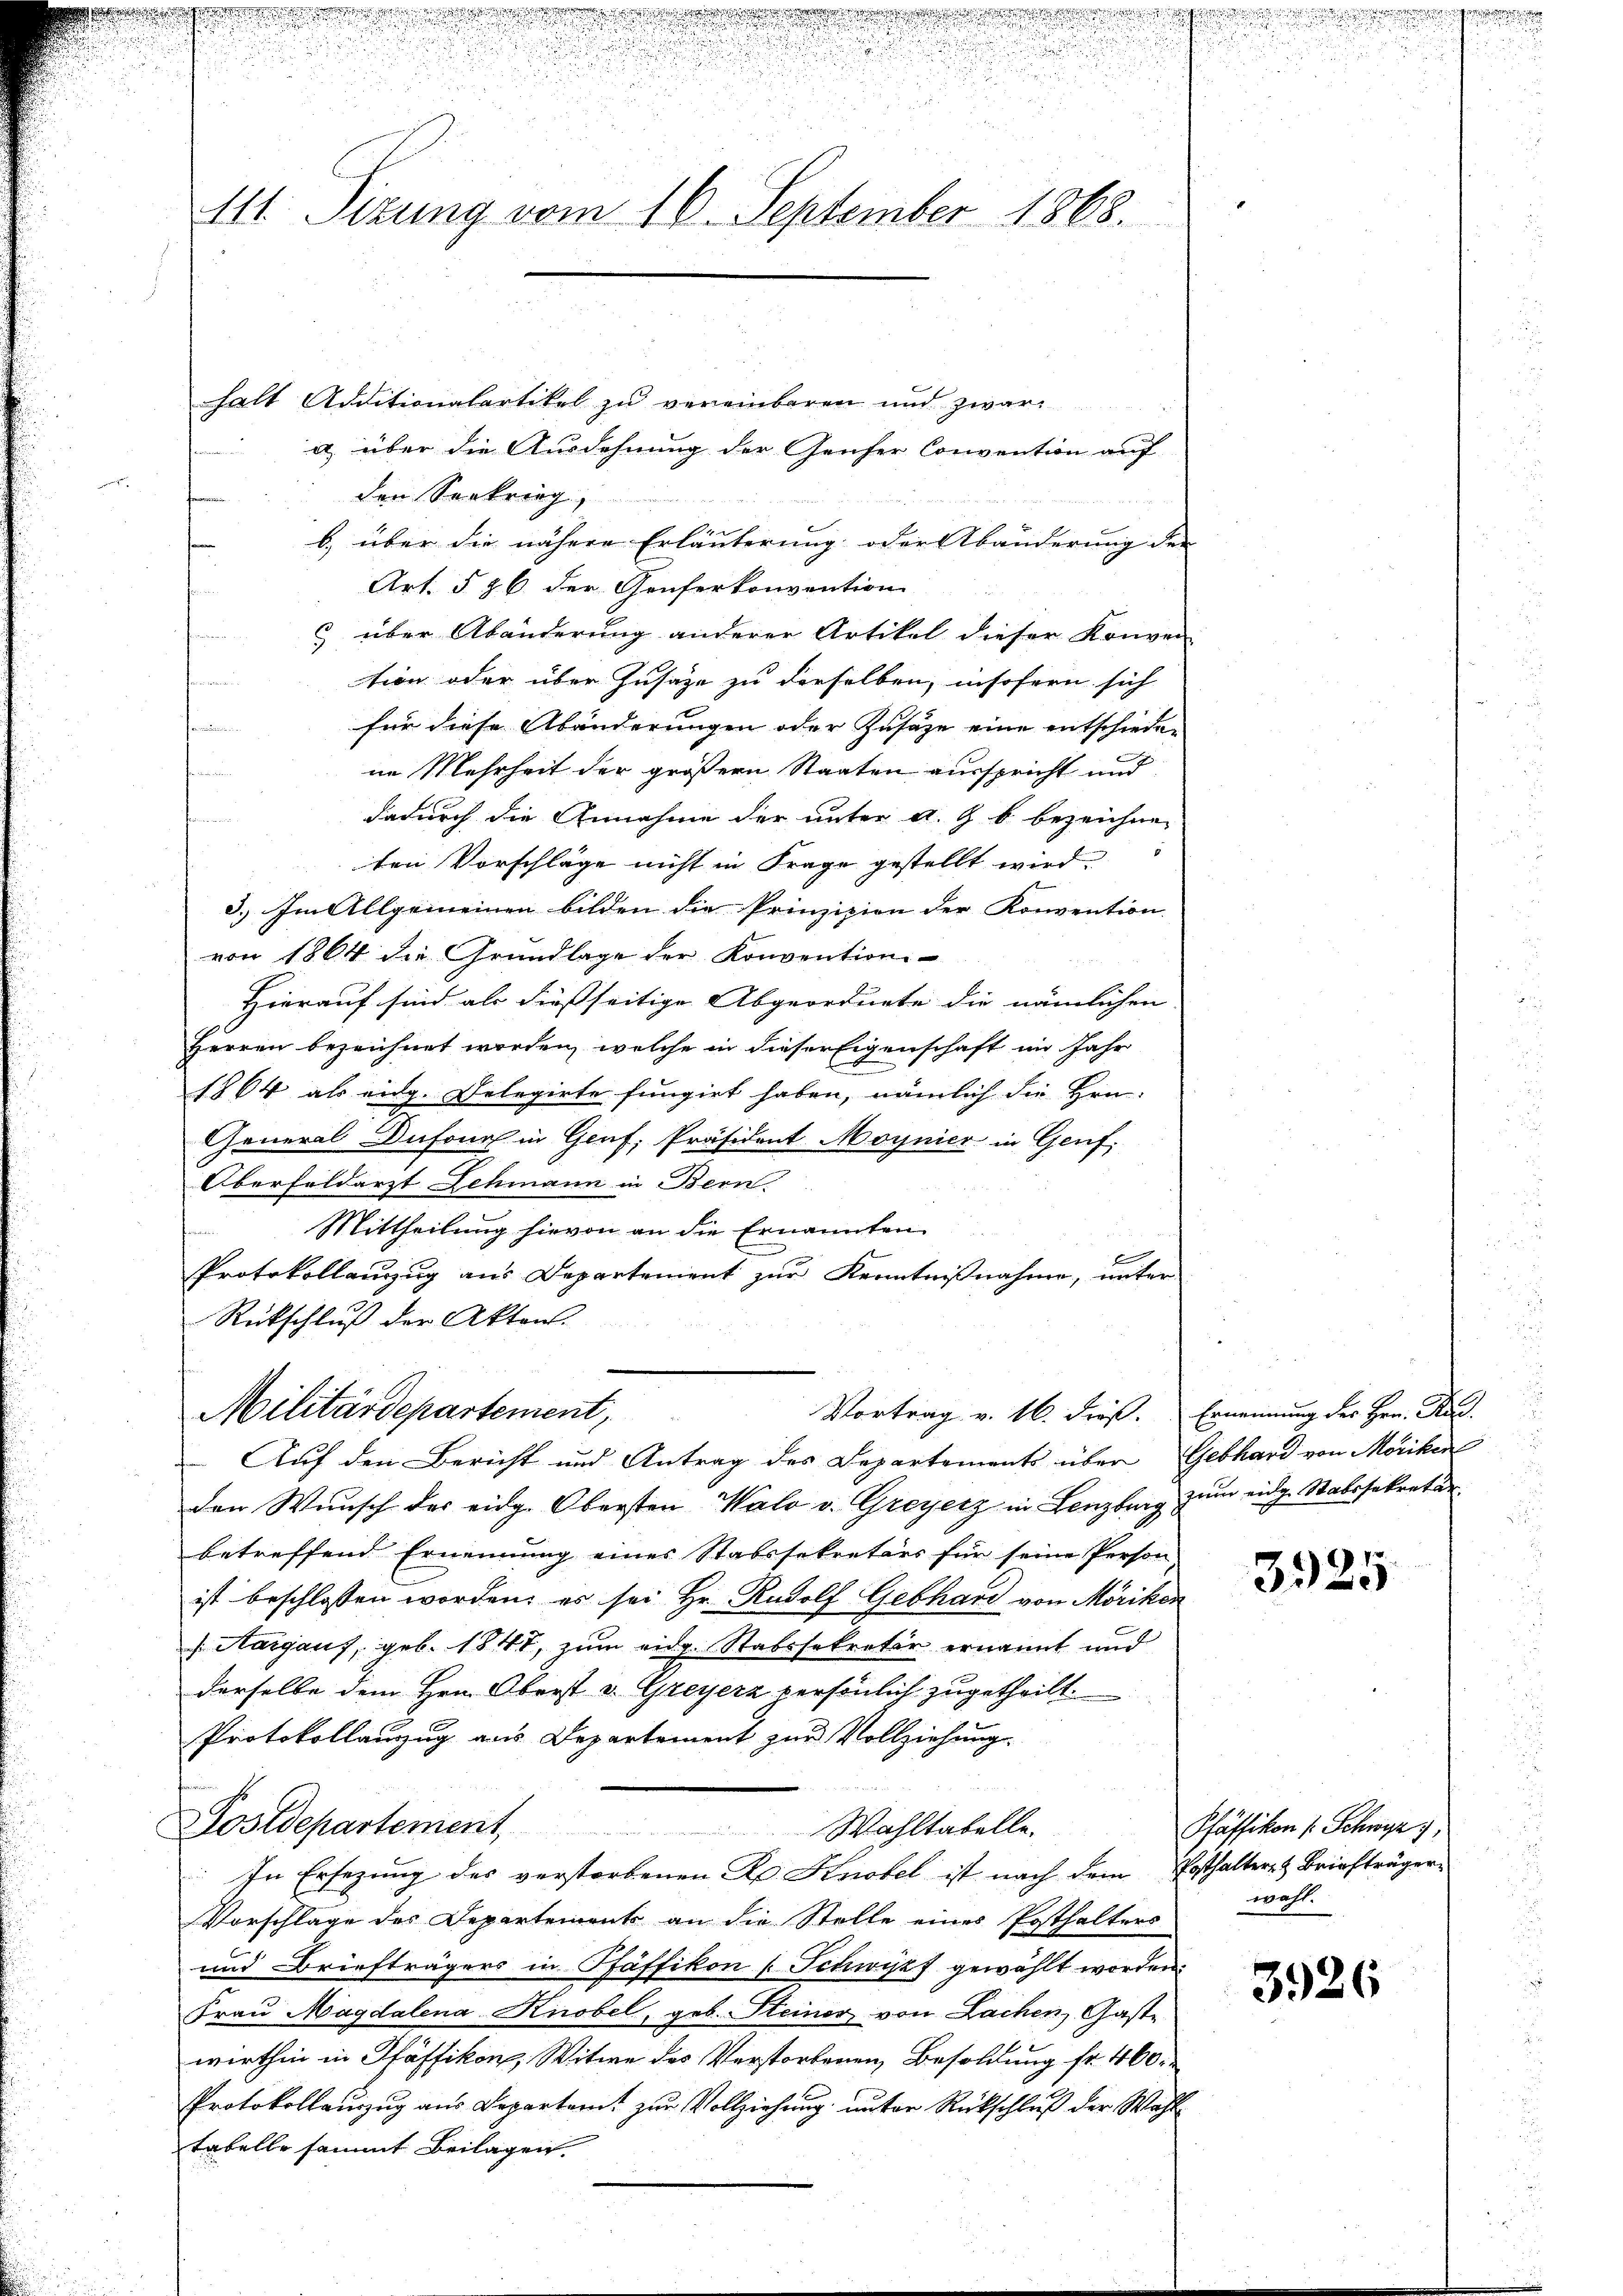
n
d

.
Alt. Sizung vom 16. September 1868.

d

n

halt Additionalartikel zu vereinbaren und zwar
a über die Ausdehnung der Geiser Convention auf
den Seekrieg,
.
b) über die nähere Erläuterung oder Abänderung der
Art. § 26. der Genferkonvention
 über Abänderung anderer Artikel dieser Konven
tion oder über Zusage zu derselben, insofern sich
.
für diese Abänderungen oder Zusage eine entschiede
t
ne Mehrheit der größern Staaten ausspricht und
dadurch die Annahme der unter a. G. b. bezeichnen
ten Vorschläge nicht in Frage gestellt wird.
3.) Im Allgemeinen bilden die Prinzipien der Konvention
von 1864 die Grundlage der Konvention
Hierauf sind als diessseitige Abgeordnete die nämlichen |
Herren bezeichnet worden, welche in dieser Eigenschaft im Jahr
1864 als eidg. Delegirte fungirt haben, nämlich die Hrn.
General Dufour in Genf, Präsident Moynier in Genf.
Oberfeldarzt Schmann in Bern
Mittheilung hievon an die Ernannten
z
Protokollanzug aus Departement zur Kenntnißnahme, unter
Rückschluß der Akten.
Militärdepartement,
Vortrag v. 16. Fröß.
Auf den Bericht und Antrag des Departements über Gebhard von Möriken
den Wunsch des eidg. Obersten Walo v. Greyerz in Lenzburg zum eidg. Stabssekretär
betreffend Ernennung eines Stabssekretärs für seine Person
ist beschlossen worden, es sei Hr. Rudolf Gebhard von Möriken
Aargauf, geb. 1847, zum eidg. Stabssekretär ernannt und
derselbe dem Hrn. Oberst v. Greyerz persönlich zugetheilt.
Protokollanzug aus Departement zur Vollziehung.
Postdepartement Wahltabelle.
In Ersezung des verstorbenen R. Knobel ist nach dem Posthalter- & Briefträger-
Vorschlage des Departements an die Stelle eines Posthalters
und Briefträgers in Pfäffikon [Schwypf gewählt worden.
Frau Magdalena Knobel, geb. Steiner von Lachen, Gastwirthin in Pfäffikon, Witwe des Verstorbenen Besoldung fr. 460.
Protokollauszug aus Departamt zur Vollziehung unter Rückschluß der Wahl
tabelle sammt Beilagen.

Ernennung des Hrn. A

f
320

Pfäffikon [Schwyz,
wahl.

3926